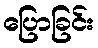
ပြောခြင်း